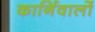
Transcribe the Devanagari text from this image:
कार्निवालों